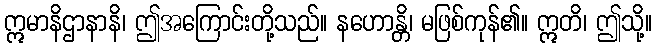
ဣမာနိဌာနာနိ၊ ဤအကြောင်းတို့သည်။ နဟောန္တိ၊ မဖြစ်ကုန်၏။ ဣတိ၊ ဤသို့။